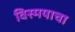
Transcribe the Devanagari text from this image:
विस्मयाचा